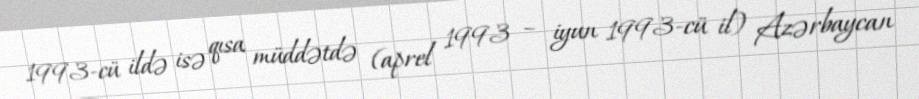
1993-cü ildə isə qısa müddətdə (aprel 1993 – iyun 1993-cü il) Azərbaycan